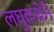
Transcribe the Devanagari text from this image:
लघुकथेने